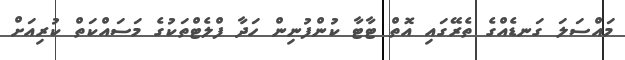
މައްސަލަ ގަނޑެއްގެ ތެރޭގައި އޮތް ޓާޓާ ކުންފުނިން ހަދާ ފްލެޓްތަކުގެ މަސައްކަތް ކުރިއަށް